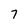
Character: 7